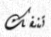
تنفك